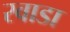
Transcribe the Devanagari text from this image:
रवाडा